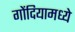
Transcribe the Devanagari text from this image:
गोंदियामध्ये